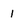
Character: 1